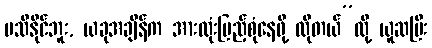
မသိနိုင်ဘူး, ယခုအချိန်က အားလုံးပြည့်စုံနေဖို့ လိုတယ်”လို့ ယူဆပြီး